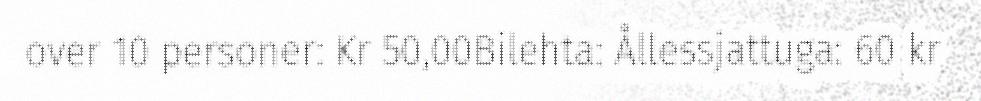
over 10 personer: Kr 50,00Bilehta: Ållessjattuga: 60 kr